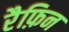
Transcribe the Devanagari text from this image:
रैफ़िन